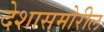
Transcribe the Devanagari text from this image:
देशासमोरील